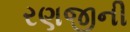
રણજીની